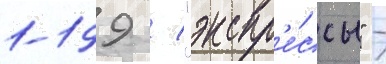
1-199 / "экспр'е́ссы" -